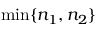
\operatorname* { m i n } \{ n _ { 1 } , n _ { 2 } \}